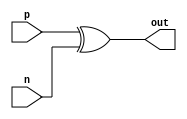
module IO_Block_Diff_Buffer (
    input p,
    input n,
    output reg out
    );

assign out = p ^ n; // Perform signal inversion
// Add code for level shifting and termination here

endmodule